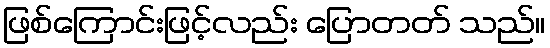
ဖြစ်ကြောင်းဖြင့်လည်း ပြောတတ် သည်။